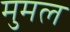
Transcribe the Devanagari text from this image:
मुमल